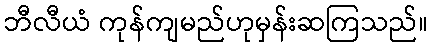
ဘီလီယံ ကုန်ကျမည်ဟုမှန်းဆကြသည်။